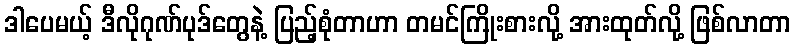
ဒါပေမယ့် ဒီလိုဂုဏ်ပုဒ်တွေနဲ့ ပြည့်စုံတာဟာ တမင်ကြိုးစားလို့ အားထုတ်လို့ ဖြစ်လာတာ